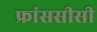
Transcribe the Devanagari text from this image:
फ्रांससीसी